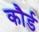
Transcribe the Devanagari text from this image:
कौर्ड